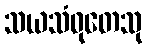
သယသံဝုတေသု